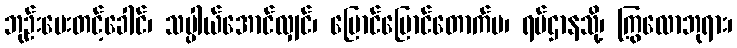
ဘုဉ်းပေးတင့်ခေါင်၊ သပ္ပါယ်အောင်လျှင်၊ ပြောင်ပြောင်တောက်ပ၊ ရပ်ဌာနသို့၊ ကြွလောဘုရား၊